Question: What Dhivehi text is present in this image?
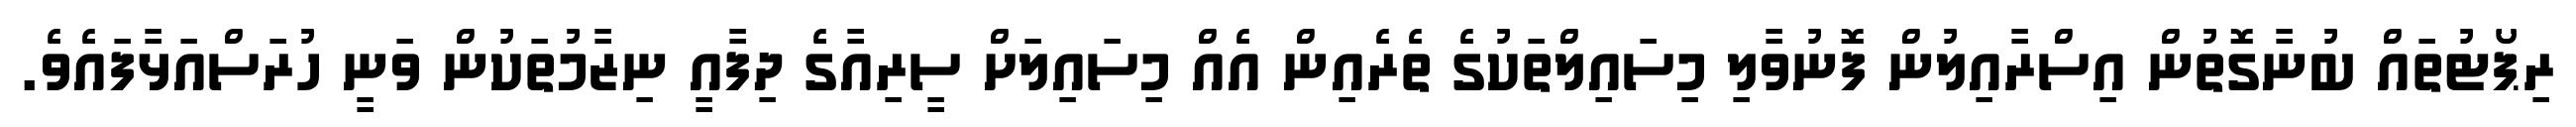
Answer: ރިޕޯޓުތައް ބުނާގޮތުން އިސްރާއިލުން ފޮނުވާލި މިސައިލްތަކުގެ ތެރެއިން އެއް މިސައިލަށް ސީރިއާގެ ދިފާއީ ނިޒާމުތަކުން ވަނީ ހުރަސްއަޅާފައެވެ.